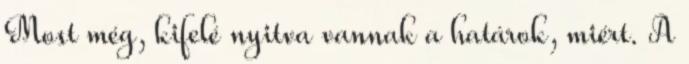
Most még, kifelé nyitva vannak a határok, miért. A